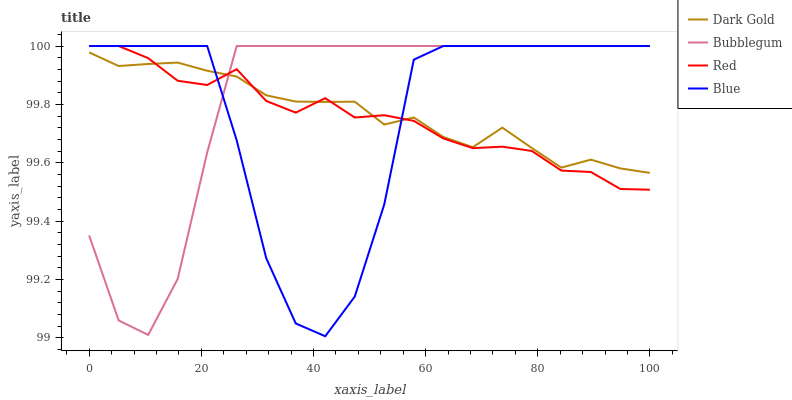
| xaxis_label | Dark Gold | Bubblegum | Red | Blue |
 | --- | --- | --- | --- | --- |
 | 0 | 100 | 99.4 | 100 | 100 |
 | 5.26 | 99.9 | 99.1 | 100 | 100 |
 | 10.5 | 99.9 | 99 | 100 | 100 |
 | 15.8 | 99.9 | 99.2 | 99.9 | 100 |
 | 21.1 | 99.9 | 99.6 | 99.9 | 100 |
 | 26.3 | 99.9 | 100 | 99.9 | 99.7 |
 | 31.6 | 99.8 | 100 | 99.8 | 99.3 |
 | 36.8 | 99.8 | 100 | 99.8 | 99 |
 | 42.1 | 99.8 | 100 | 99.8 | 99 |
 | 47.4 | 99.8 | 100 | 99.8 | 99.1 |
 | 52.6 | 99.7 | 100 | 99.8 | 99.5 |
 | 57.9 | 99.8 | 100 | 99.7 | 100 |
 | 63.2 | 99.7 | 100 | 99.7 | 100 |
 | 68.4 | 99.7 | 100 | 99.7 | 100 |
 | 73.7 | 99.7 | 100 | 99.7 | 100 |
 | 78.9 | 99.7 | 100 | 99.6 | 100 |
 | 84.2 | 99.6 | 100 | 99.6 | 100 |
 | 89.5 | 99.6 | 100 | 99.6 | 100 |
 | 94.7 | 99.6 | 100 | 99.5 | 100 |
 | 100 | 99.6 | 100 | 99.5 | 100 |